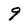
Character: 9